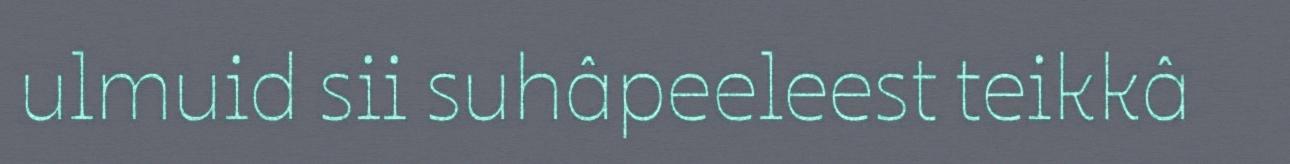
ulmuid sii suhâpeeleest teikkâ